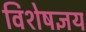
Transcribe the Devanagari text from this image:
विशेषज्ञय